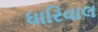
ધારિવાલ